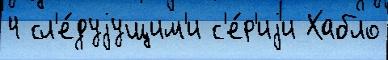
4 сл'е́дуjущим'и с'е́р'иjи Хабло